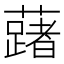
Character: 𬟅